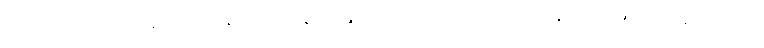
တပည့်တို့ကို အုပ်ချုပ်ရာ၌ နှိပ်ကွပ်တန်က နှိပ်ကွပ်ပါ၊ သို့မှသာ ပုဂ္ဂိုလ်ကောင်းများ ကျန်ခဲ့မည်ဟု